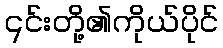
၎င်းတို့၏ကိုယ်ပိုင်